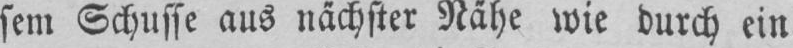
sem Schusse aus nächster Nähe wie durch ein